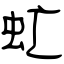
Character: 虻